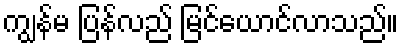
ကျွန်မ ပြန်လည် မြင်ယောင်လာသည်။